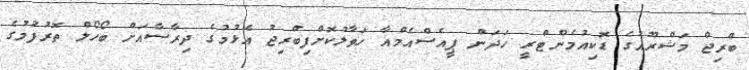
ބްރިޖް މަޝްރޫއުގެ ޑޮކިއުމެންޓްރީ ހަދަން ޕީއެސްއެމްއާ ހަވާލުކޮށްފިބްރިޖު އެޅުމުގެ ދިރާސާއަށް ބޯހޯލް ތޮރުފުމުގެ